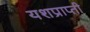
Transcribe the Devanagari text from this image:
यशप्राप्ती